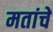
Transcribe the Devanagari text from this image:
मतांचें